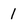
Character: 1